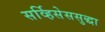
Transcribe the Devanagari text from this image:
सर्व्हिसेससुद्धा